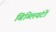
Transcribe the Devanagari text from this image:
बिब्लियंटों